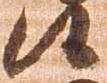
候